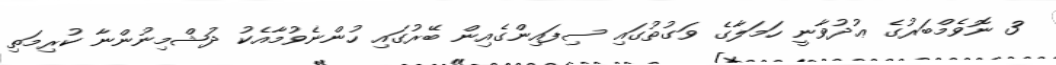
3 ނޮވެމްބަރުގެ ޢުދުވާނީ ހަމަލާގެ ވަގުތުގައި ސިފައިންގެއިން ބޭރުގައި ހުންނެވުމާއެކު ދުޝްމިނުންނާ ކުރިމަތި